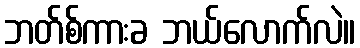
ဘတ်စ်ကားခ ဘယ်လောက်လဲ။